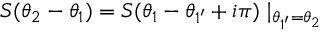
S ( \theta _ { 2 } - \theta _ { 1 } ) = S ( \theta _ { 1 } - \theta _ { 1 ^ { \prime } } + i \pi ) \mid _ { \theta _ { 1 ^ { \prime } } = \theta _ { 2 } }